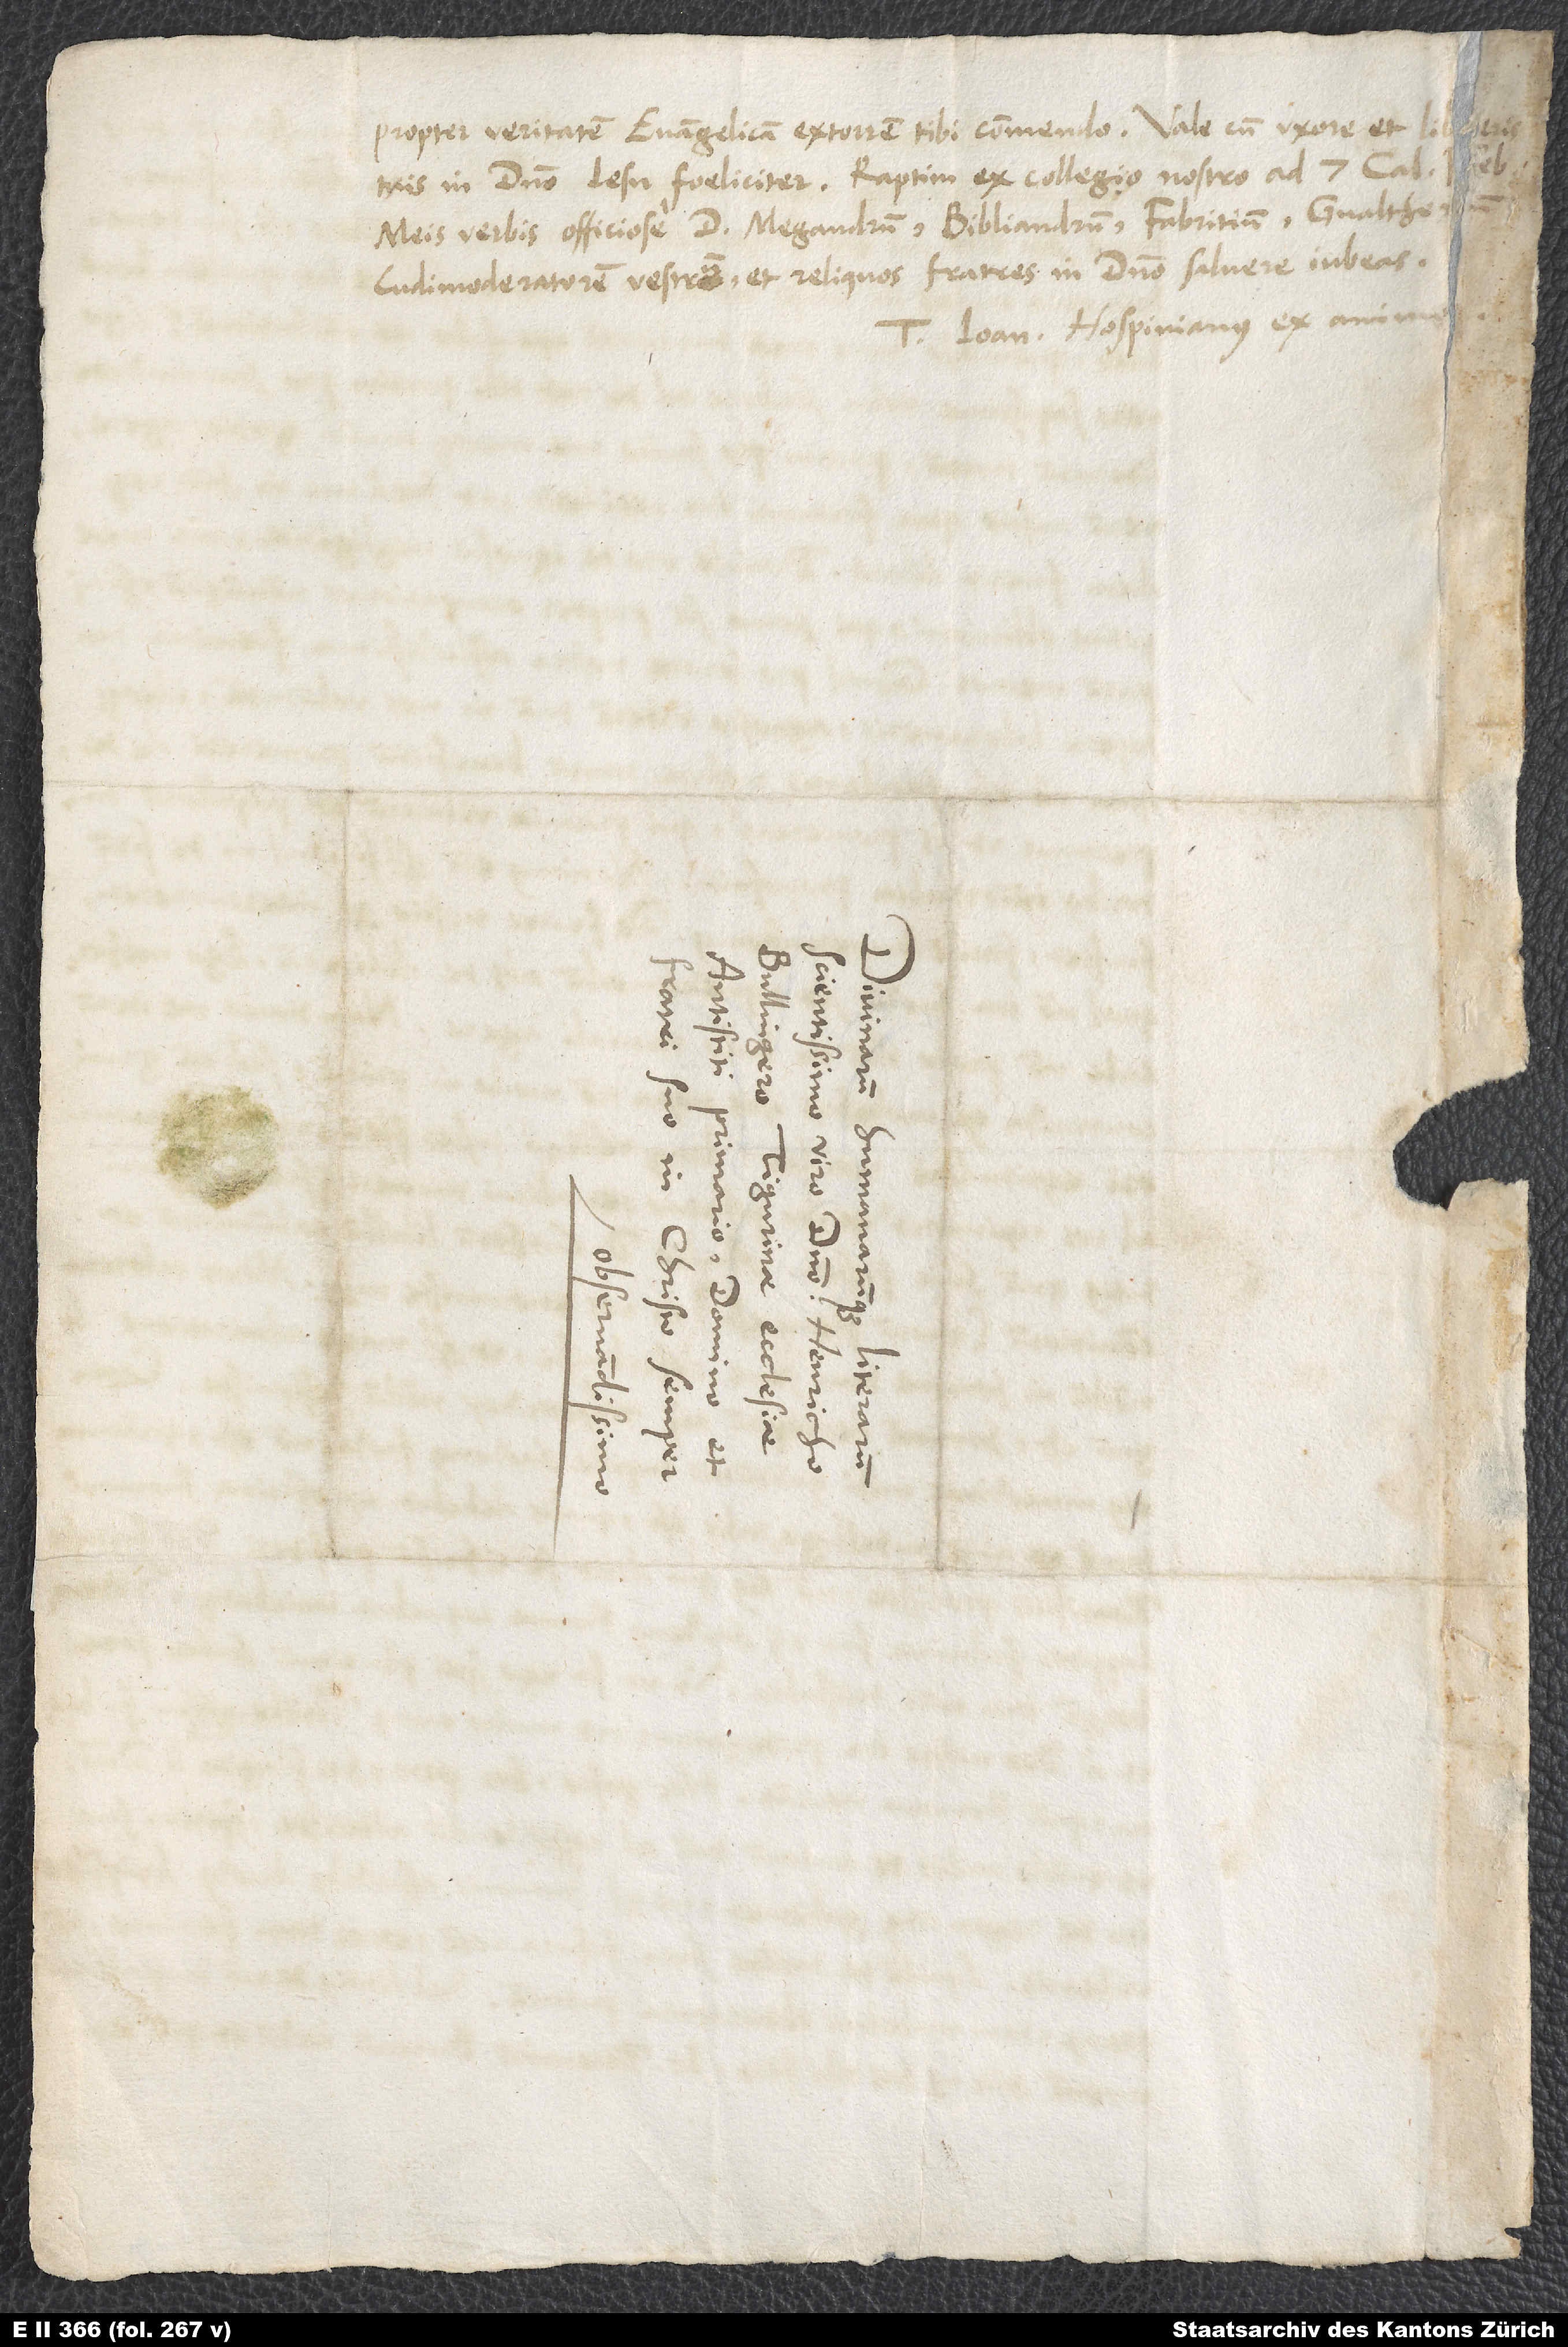
propter veritatem evangelicam extorrem, tibi commendo. Vale cum uxore et lib.
Meis verbis officiose d. Megandrum, Bibliandrum, Fabritium, Gvaltherum,
ludimoderatorem vestrum et reliquos fratres in domino salvere iubeas.
Tuus Ioan. Hospinianus ex animo.
S.
d.